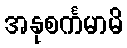
အနုစင်္ကမာမိ